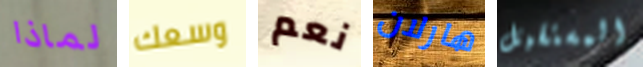
لماذا وسعك نعم هارلان المستقبل